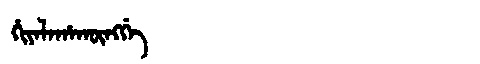
Manchu: ᡥᡳᠶᠠᠯᠠᡥᠠᡴᡡᠩᡤᡝ
Romanization: HIYALAHAKŪNGGE